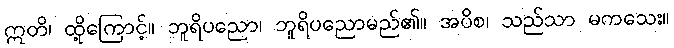
ဣတိ၊ ထို့ကြောင့်။ ဘူရိပညော၊ ဘူရိပညောမည်၏။ အပိစ၊ သည်သာ မကသေး။